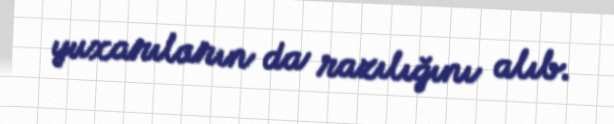
yuxarıların da razılığını alıb.